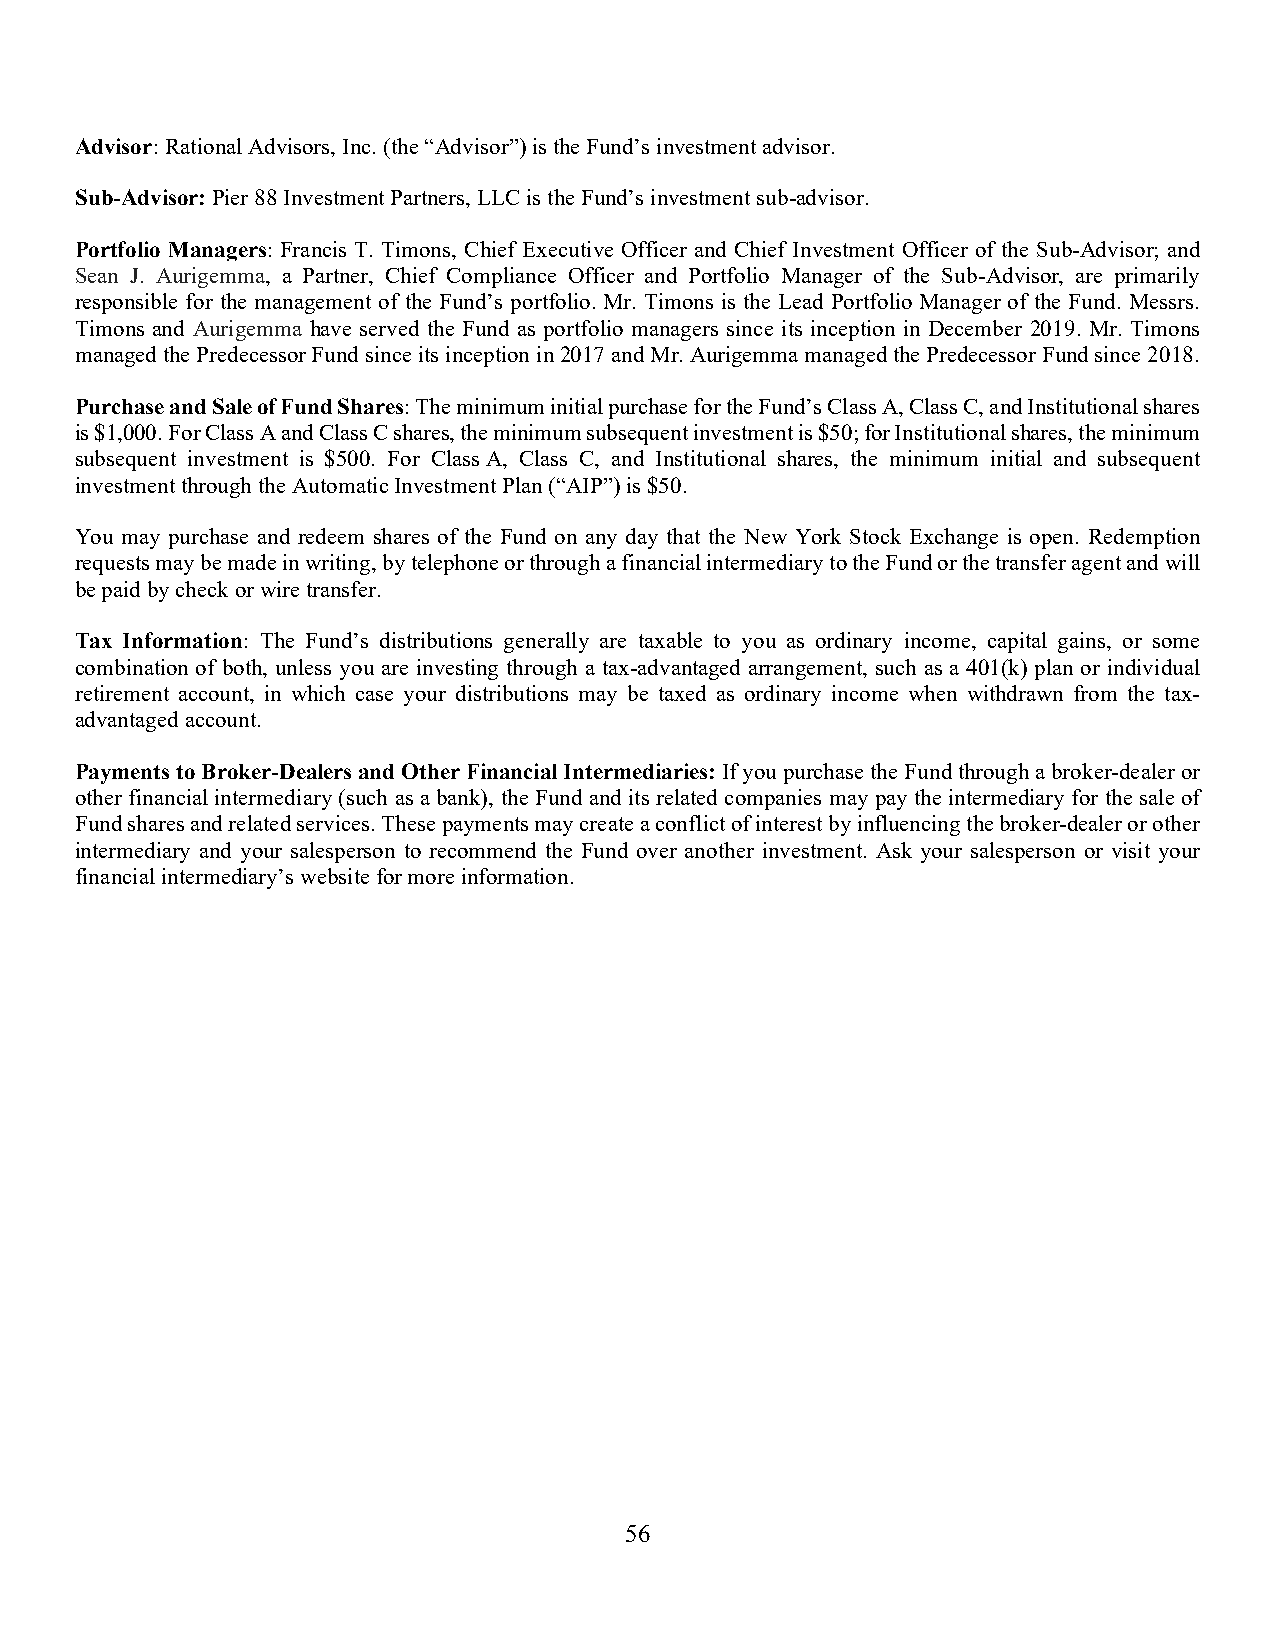
Advisor: Rational Advisors, Inc. (the “Advisor”) is the Fund’s investment advisor.
 Sub-Advisor: Pier 88 Investment Partners, LLC is the Fund’s investment sub-advisor.
 Portfolio Managers: Francis T. Timons, Chief Executive Officer and Chief Investment Officer of the Sub-Advisor; and
 Sean J. Aurigemma, a Partner, Chief Compliance Officer and Portfolio Manager of the Sub-Advisor, are primarily
 responsible for the management of the Fund’s portfolio. Mr. Timons is the Lead Portfolio Manager of the Fund. Messrs.
 Timons and Aurigemma have served the Fund as portfolio managers since its inception in December 2019. Mr. Timons
 managed the Predecessor Fund since its inception in 2017 and Mr. Aurigemma managed the Predecessor Fund since 2018.
 Purchase and Sale of Fund Shares: The minimum initial purchase for the Fund’s Class A, Class C, and Institutional shares
 is $1,000. For Class A and Class C shares, the minimum subsequent investment is $50; for Institutional shares, the minimum
 subsequent investment is $500. For Class A, Class C, and Institutional shares, the minimum initial and subsequent
 investment through the Automatic Investment Plan (“AIP”) is $50.
 You may purchase and redeem shares of the Fund on any day that the New York Stock Exchange is open. Redemption
 requests may be made in writing, by telephone or through a financial intermediary to the Fund or the transfer agent and will
 be paid by check or wire transfer.
 Tax Information: The Fund’s distributions generally are taxable to you as ordinary income, capital gains, or some
 combination of both, unless you are investing through a tax-advantaged arrangement, such as a 401(k) plan or individual
 retirement account, in which case your distributions may be taxed as ordinary income when withdrawn from the tax-
 advantaged account.
 Payments to Broker-Dealers and Other Financial Intermediaries: If you purchase the Fund through a broker-dealer or
 other financial intermediary (such as a bank), the Fund and its related companies may pay the intermediary for the sale of
 Fund shares and related services. These payments may create a conflict of interest by influencing the broker-dealer or other
 intermediary and your salesperson to recommend the Fund over another investment. Ask your salesperson or visit your
 financial intermediary’s website for more information.
 56